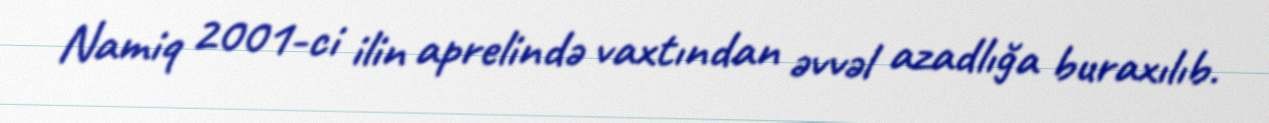
Namiq 2001-ci ilin aprelində vaxtından əvvəl azadlığa buraxılıb.